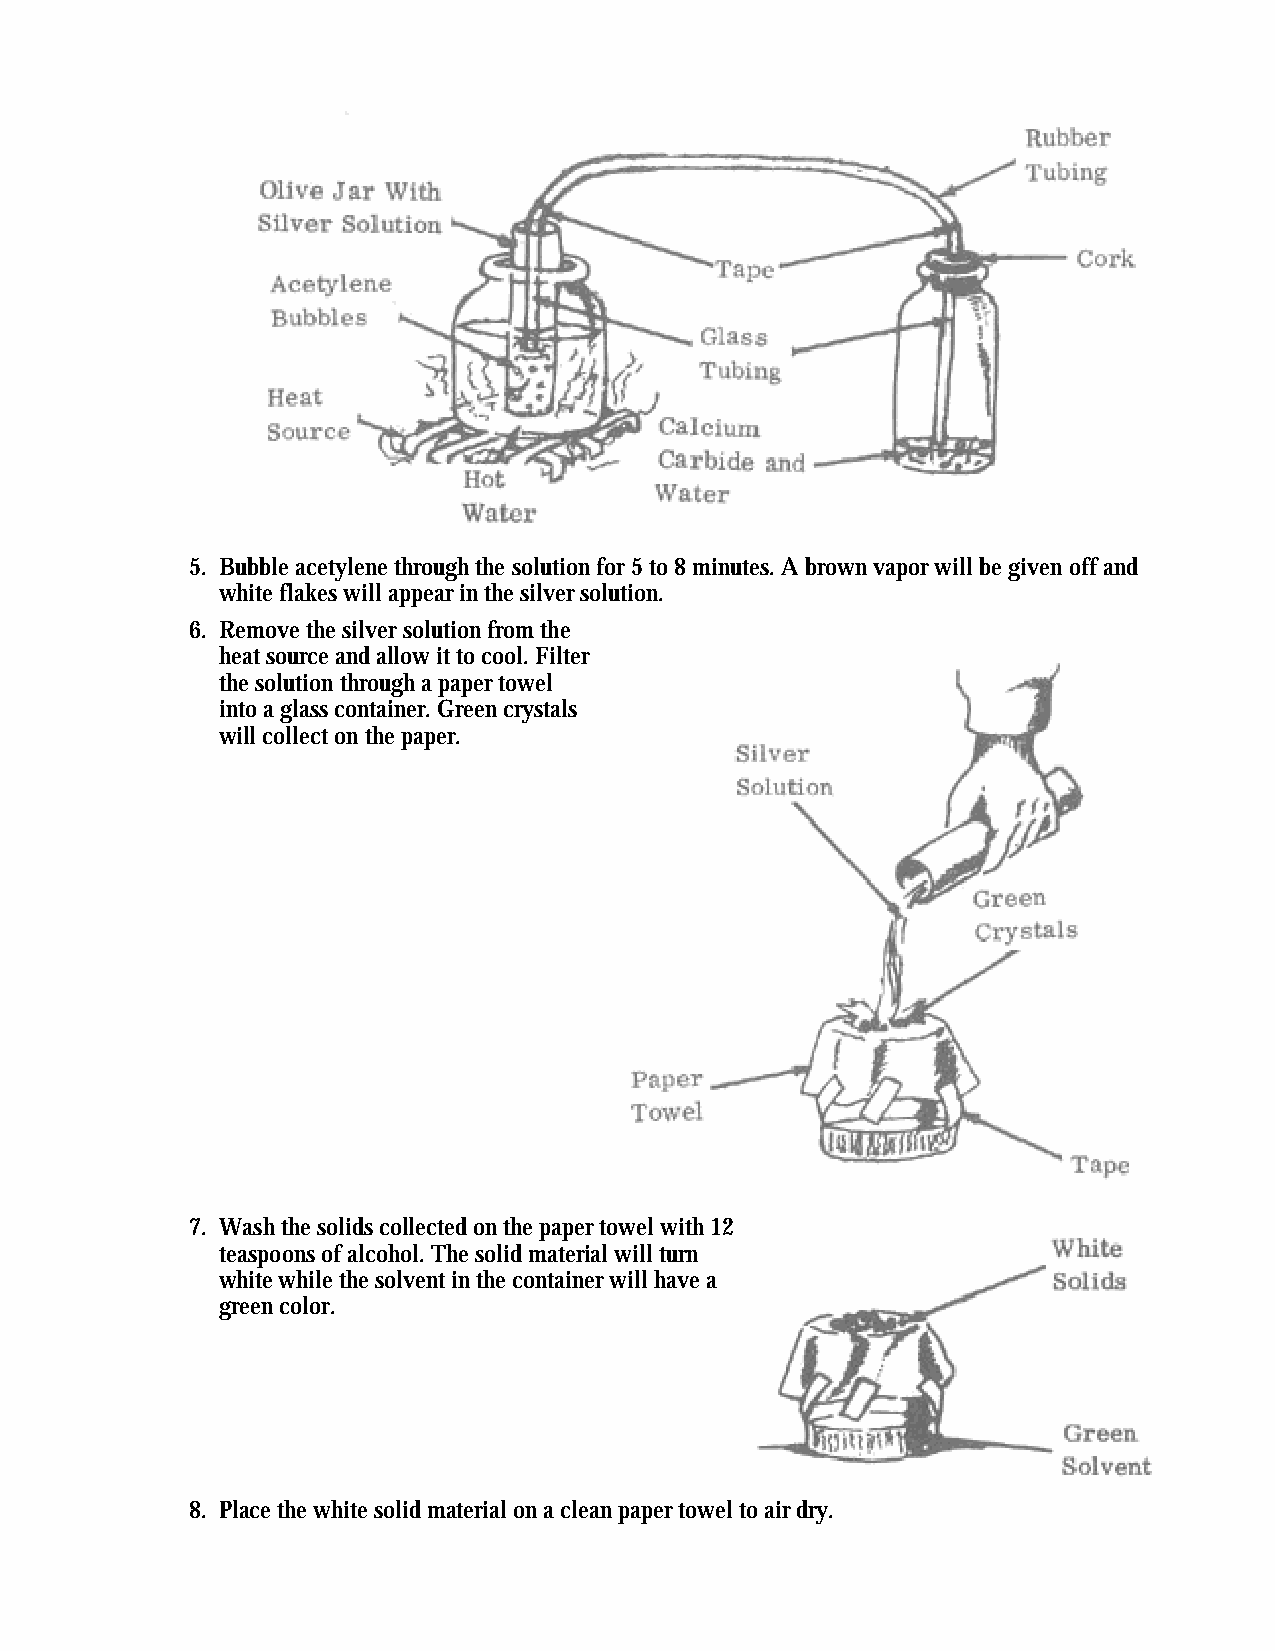
5. Bubble acetylene through the solution for 5 to 8 minutes. A brown vapor will be given off and
 white flakes will appear in the silver solution.
 6. Remove the silver solution from the
 heat source and allow it to cool. Filter
 the solution through a paper towel
 into a glass container. Green crystals
 will collect on the paper.
 7. Wash the solids collected on the paper towel with 12
 teaspoons of alcohol. The solid material will turn
 white while the solvent in the container will have a
 green color.
 8. Place the white solid material on a clean paper towel to air dry.